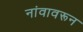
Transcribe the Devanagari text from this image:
नांवावरून